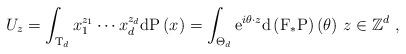
LaTeX: \begin{align*}U_{z}=\int_{\mathrm{T}_{d}}x_{1}^{z_{1}}\cdots x_{d}^{z_{d}}\mathrm{d}\mathrm{P}\left( x\right) =\int_{\Theta _{d}}\mathrm{e}^{i\theta \cdot z}\mathrm{d}\left( \mathrm{F}_{\ast }\mathrm{P}\right) \left( \theta \right) \,z\in \mathbb{Z}^{d}\ , \end{align*}